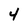
Character: 4